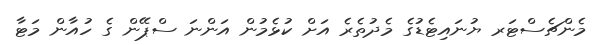
މެންޗެސްޓަރ ޔުނައިޓެޑުގެ މެދުތެރެ އަށް ކުޅެމުން އަންނަ ސްޕޭން ގެ ހުއާން މަޓާ